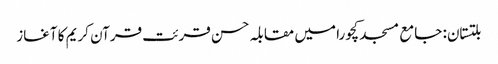
بلتستان: جامع مسجد کچورا میں مقابلہ حسن قرئت قرآن کریم کا آغاز